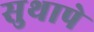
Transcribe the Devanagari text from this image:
सुथापे